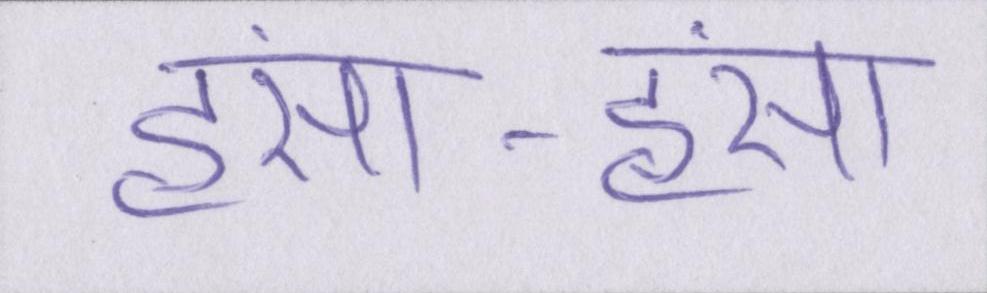
हंसा-हंसा